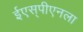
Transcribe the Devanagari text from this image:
ईएस्‌पीएनला